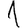
Digit: 1